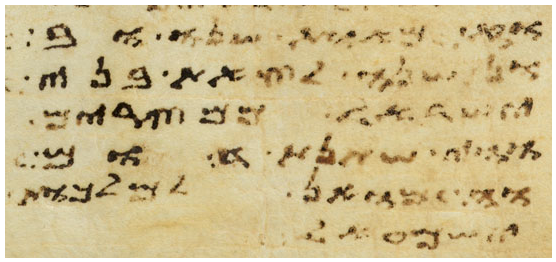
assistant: ומאת שנה ובני
את משה לכרת את בני
ישראל ממצרים
מאות שנה וגם
וראה את מכות
ישעל